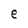
Character: e